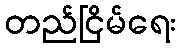
တည်ငြိမ်ရေး